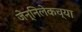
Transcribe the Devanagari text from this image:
जेन्निलेकच्या